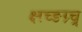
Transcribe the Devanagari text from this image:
क्ष्ग़्च्ङग्र्च्र्